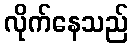
လိုက်နေသည်